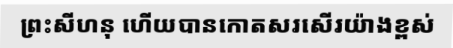
ព្រះសីហនុ ហើយបានកោតសរសើរយ៉ាងខ្ពស់